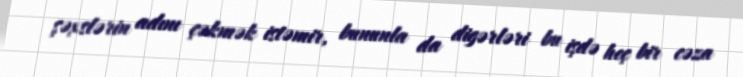
şəxslərin adını çəkmək istəmir, bununla da digərləri bu işdə heç bir cəza